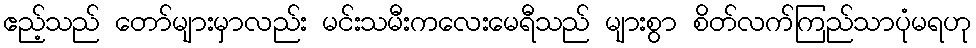
ဧည့်သည် တော်များမှာလည်း မင်းသမီးကလေးမေရီသည် များစွာ စိတ်လက်ကြည်သာပုံမရဟု